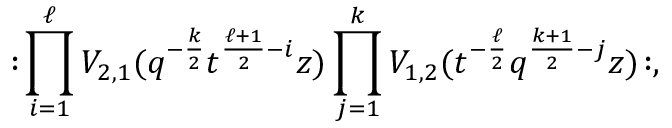
: \! \prod _ { i = 1 } ^ { \ell } V _ { 2 , 1 } ( q ^ { - \frac { k } { 2 } } t ^ { \frac { \ell + 1 } { 2 } - i } z ) \prod _ { j = 1 } ^ { k } V _ { 1 , 2 } ( t ^ { - \frac { \ell } { 2 } } q ^ { \frac { k + 1 } { 2 } - j } z ) \! : ,